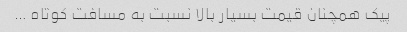
پیک همچنان قیمت بسیار بالا نسبت به مسافت کوتاه …